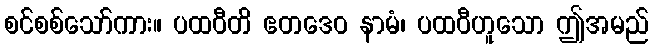
စင်စစ်သော်ကား။ ပထဝီတိ ဧတဒေဝ နာမံ၊ ပထဝီဟူသော ဤအမည်